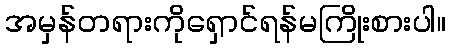
အမှန်တရားကိုရှောင်ရန်မကြိုးစားပါ။